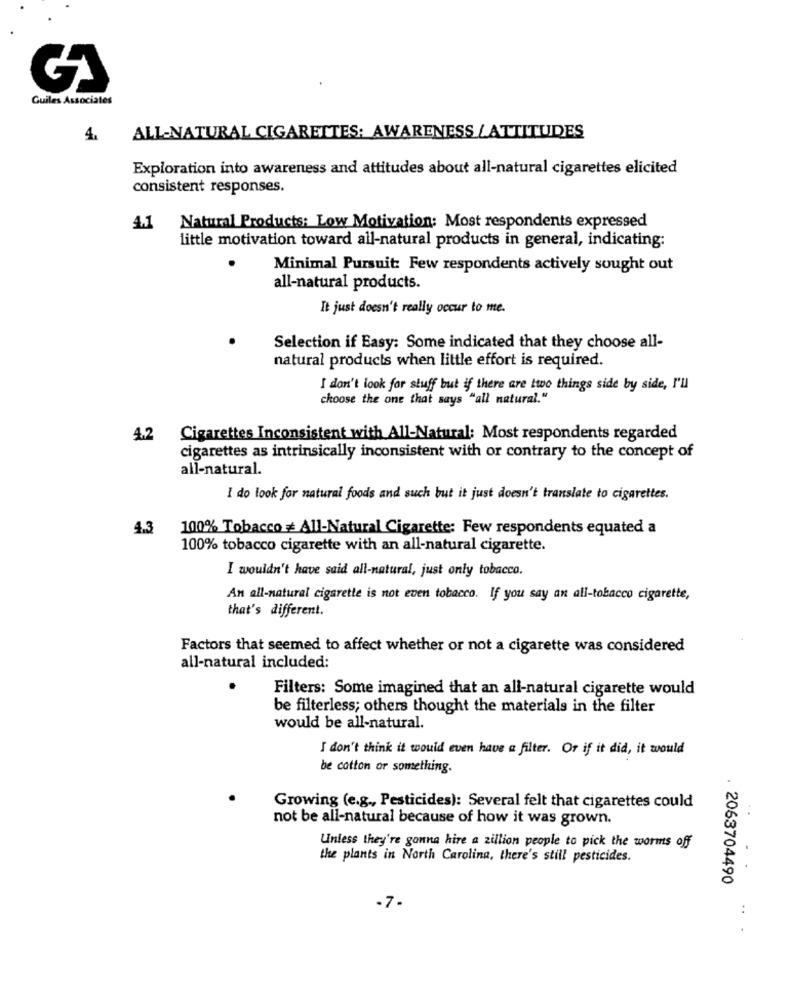
Guiles Associates
4.
ALL-NATURAL CIGARETTES: AWARENESS /ATTITUDES
Exploration into awareness and attitudes about all-natural cigarettes elicited
consistent responses.
4.1
Natural Products: Low Motivation: Most respondents expressed
little motivation toward all-natural products in general, indicating:
Minimal Pursuit: Few respondents actively sought out
all-natural products.
It just doesn't really occur to me.
Selection if Easy: Some indicated that they choose all-
natural products when little effort is required.
I don't look for stuff but if there are two things side by side, I'll
choose the one that says "all natural."
4.2
Cigarettes Inconsistent with All-Natural: Most respondents regarded
cigarettes as intrinsically inconsistent with or contrary to the concept of
all-natural.
I do look for natural foods and such but it just doesn't translate to cigarettes.
4.3
100% Tobacco = All-Natural Cigarette: Few respondents equated a
100% tobacco cigarette with an all-natural cigarette.
I wouldn't have said all-natural, just only tobacco.
An all-natural cigarette is not even tobacco. If you say an all-tobacco cigarette,
that's different.
Factors that seemed to affect whether or not a cigarette was considered
all-natural included:
Filters: Some imagined that an all-natural cigarette would
be filterless; others thought the materials in the filter
would be all-natural.
I don't think it would even have a filter. Or if it did, it would
be cotton or something.
Growing (e.g ., Pesticides): Several felt that cigarettes could
not be all-natural because of how it was grown.
Unless they're gonna hire a zillion people to pick the worms off
the plants in North Carolina, there's still pesticides.
..
. 2063704490
-7-
...